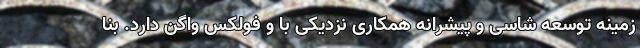
زمینه توسعه شاسی و پیشرانه همکاری نزدیکی با و فولکس واگن دارد. بنا